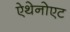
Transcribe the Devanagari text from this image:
ऐथेनोएट